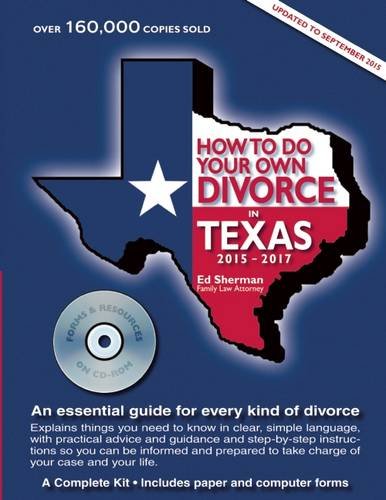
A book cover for How to Do Your Own Divorce in Texas 2015EE2017: An essential guide for every kind of divorce; Ed Sherman; Law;